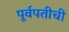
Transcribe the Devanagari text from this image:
पूर्वपतीची